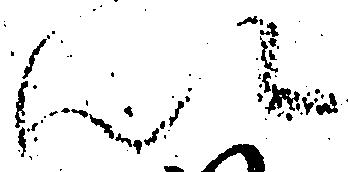
以